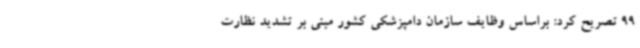
99 تصریح کرد: براساس وظایف سازمان دامپزشکی کشور مبنی بر تشدید نظارت